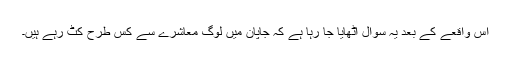
اس واقعے کے بعد یہ سوال اٹھایا جا رہا ہے کہ جاپان میں لوگ معاشرے سے کس طرح کٹ رہے ہیں۔